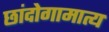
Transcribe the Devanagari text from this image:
छांदोगामात्य